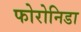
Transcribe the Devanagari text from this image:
फोरोनिडा